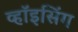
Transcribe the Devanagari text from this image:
व्हॉइसिंग